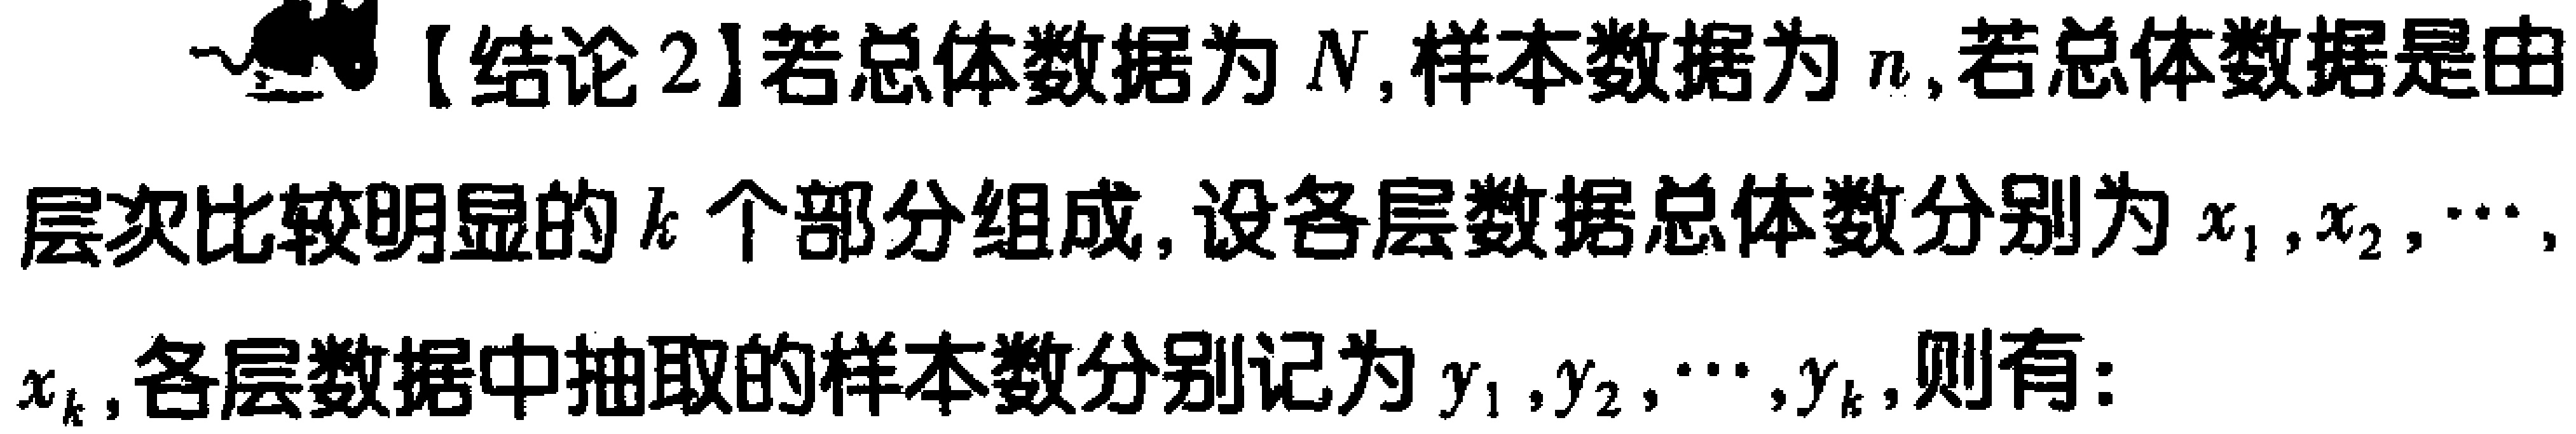
【结论2】若总体数据为 \(N\) , 样本数据为 \(n\) , 若总体数据是由层次比较明显的 \(k\) 个部分组成, 设各层数据总体数分别为 \(x_1,x_2,\cdots,x_k\) , 各层数据中抽取的样本数分别记为 \(y_1,y_2,\cdots,y_k\) , 则有: